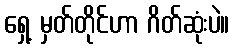
ရှေ့ မှတ်တိုင်ဟာ ဂိတ်ဆုံးပဲ။